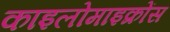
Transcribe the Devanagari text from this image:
काइलोमाइक्रोंस